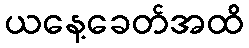
ယနေ့ခေတ်အထိ